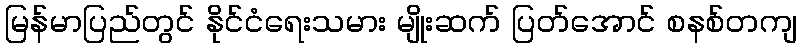
မြန်မာပြည်တွင် နိုင်ငံရေးသမား မျိုးဆက် ပြတ်အောင် စနစ်တကျ